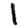
Digit: 1